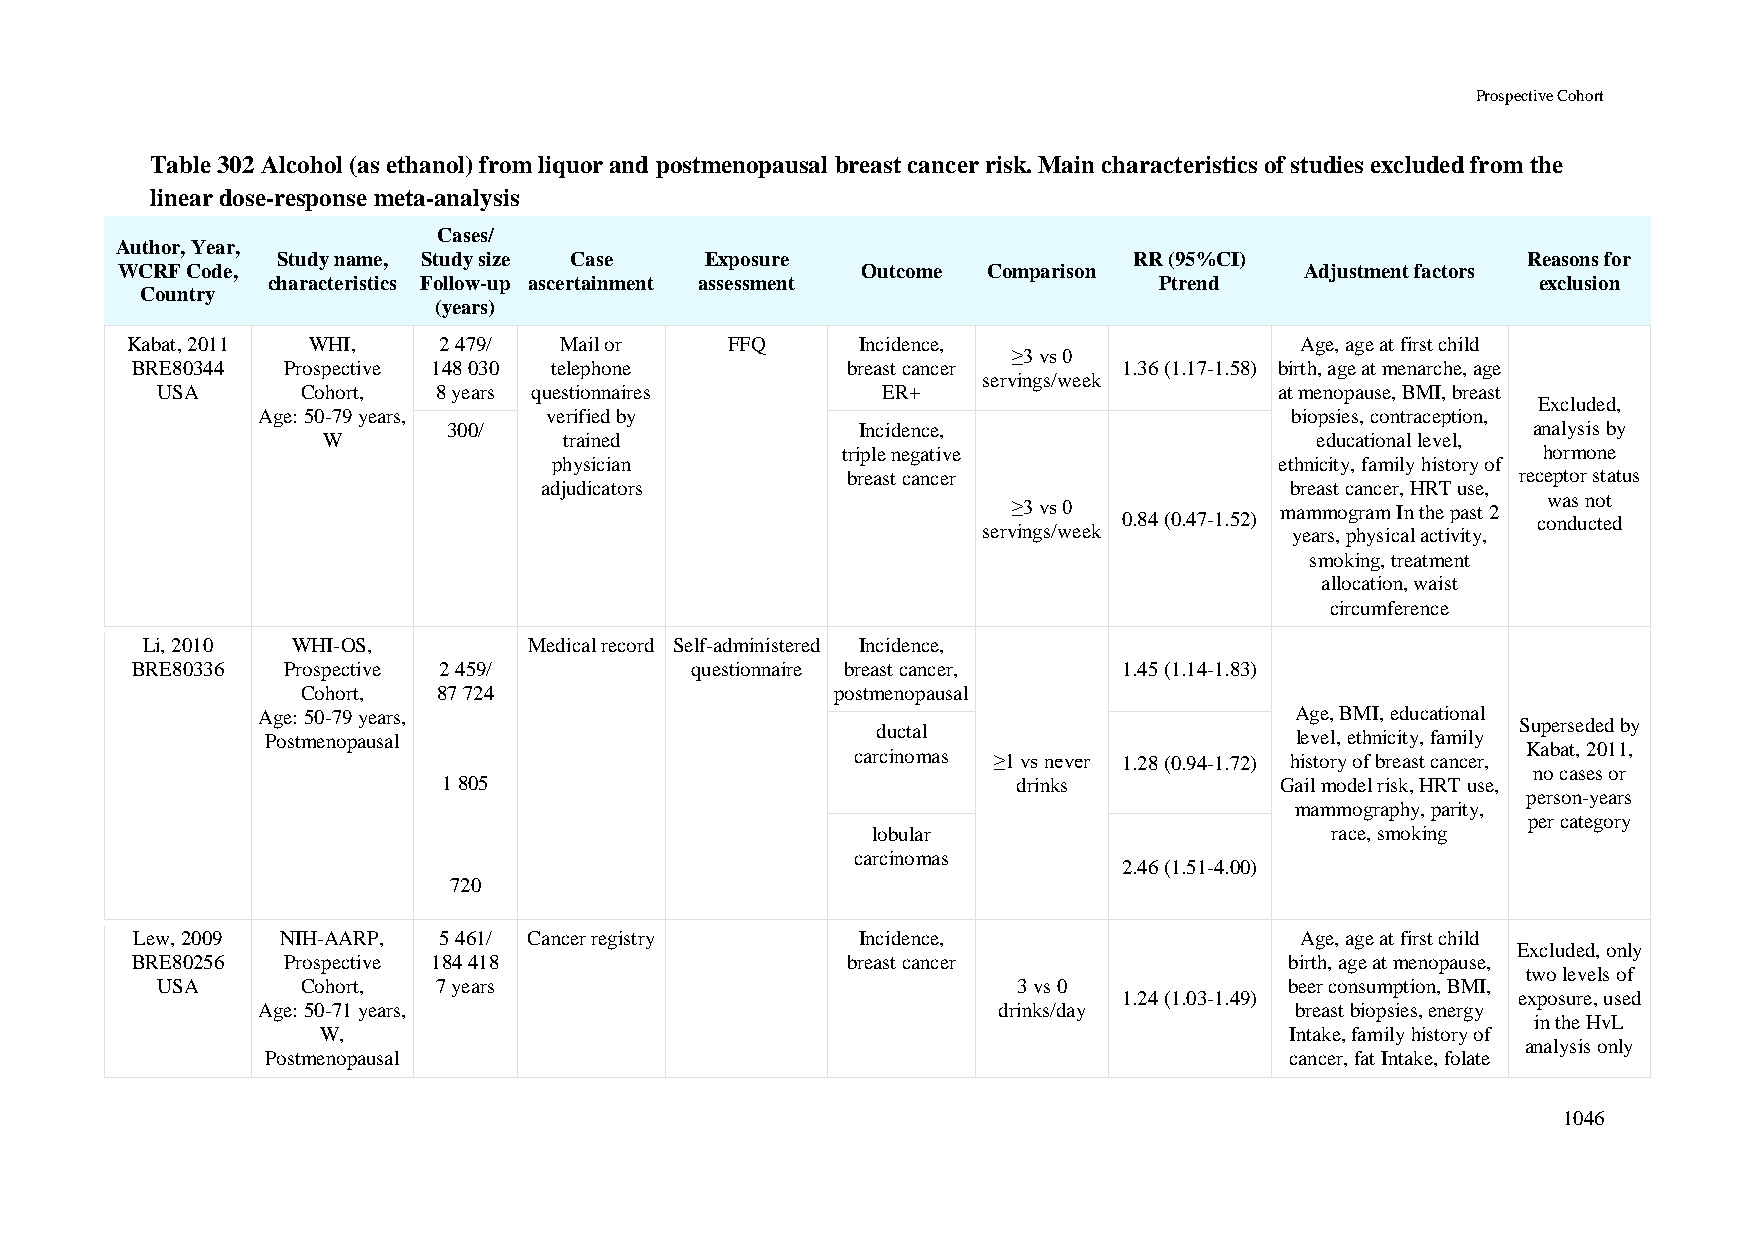
Prospective Cohort
 Table 302 Alcohol (as ethanol) from liquor and postmenopausal breast cancer risk. Main characteristics of studies excluded from the
 linear dose-response meta-analysis
 Cases/
 Author, Year,
 Study name, Study size Case  Exposure                    RR (95%CI)                Reasons for
 WCRF Code,                                       Outcome Comparison           Adjustment factors
 characteristics Follow-up ascertainment assessment         Ptrend                   exclusion
 Country
 (years)
 Kabat, 2011 WHI,     2 479/  Mail or    FFQ      Incidence,                   Age, age at first child
 ≥3 vs 0
 BRE80344  Prospective 148 030 telephone        breast cancer     1.36 (1.17-1.58) birth, age at menarche, age
 servings/week
 USA       Cohort,  8 years questionnaires       ER+                        at menopause, BMI, breast
 Excluded,
 Age: 50-79 years,  verified by                                      biopsies, contraception,
 300/                       Incidence,                                  analysis by
 W               trained                                           educational level,
 triple negative                               hormone
 physician                                       ethnicity, family history of
 breast cancer                                receptor status
 adjudicators                                     breast cancer, HRT use,
 was not
 ≥3 vs 0           mammogram In the past 2
 0.84 (0.47-1.52)            conducted
 servings/week        years, physical activity,
 smoking, treatment
 allocation, waist
 circumference
 Li, 2010  WHI-OS,         Medical record Self-administered Incidence,
 BRE80336  Prospective 2 459/         questionnaire breast cancer, 1.45 (1.14-1.83)
 Cohort,  87 724                    postmenopausal
 Age: 50-79 years,                                                    Age, BMI, educational
 Superseded by
 Postmenopausal                          ductal                      level, ethnicity, family
 Kabat, 2011,
 carcinomas ≥1 vs never 1.28 (0.94-1.72) history of breast cancer,
 no cases or
 1 805                                 drinks            Gail model risk, HRT use,
 person-years
 mammography, parity,
 per category
 lobular                       race, smoking
 carcinomas
 2.46 (1.51-4.00)
 720
 Lew, 2009 NIH-AARP, 5 461/ Cancer registry      Incidence,                   Age, age at first child
 Excluded, only
 BRE80256  Prospective 184 418                  breast cancer                birth, age at menopause,
 two levels of
 USA       Cohort,  7 years                               3 vs 0            beer consumption, BMI,
 1.24 (1.03-1.49)          exposure, used
 Age: 50-71 years,                                drinks/day          breast biopsies, energy
 in the HvL
 W,                                                              Intake, family history of
 analysis only
 Postmenopausal                                                     cancer, fat Intake, folate
 1046